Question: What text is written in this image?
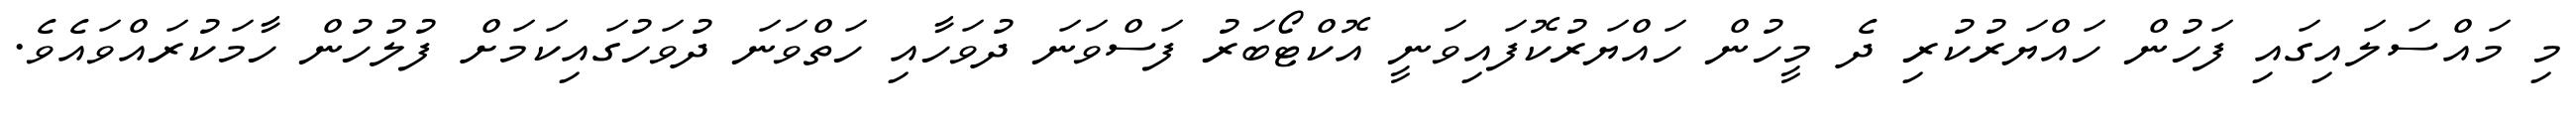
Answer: މި މައްސަލައިގައި ފަހުން ހައްޔަރުކުރި ދެ މީހުން ހައްޔަރުކޮފައިވަނީ އޮކްޓޯބަރު ފަސްވަނަ ދުވަހާއި ހަތްވަނަ ދުވަހުގައިކަމަށް ފުލުހުން ހާމަކުރައްވައެވެ.